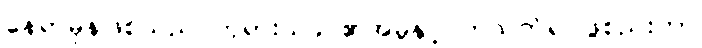
နေရာမှန်ဖြစ်သည် ဘုရားသခင်၏အမှုနှင့်ပတ်သက်၍ ဖွဲစည်းကာ